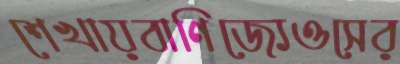
শেখায়বাণিজ্যেওসের